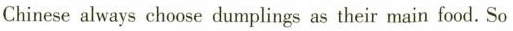
Chinese always choose dumplings as their main food. So